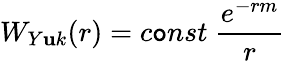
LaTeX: W_{Y\mathbf{u}k}(r)=c\mathtt{o}nst\ \frac{{e^{-rm}}}{{r}}